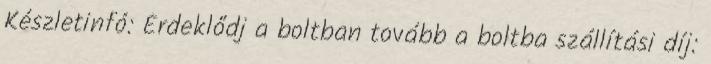
Készletinfó: Érdeklődj a boltban tovább a boltba szállítási díj: